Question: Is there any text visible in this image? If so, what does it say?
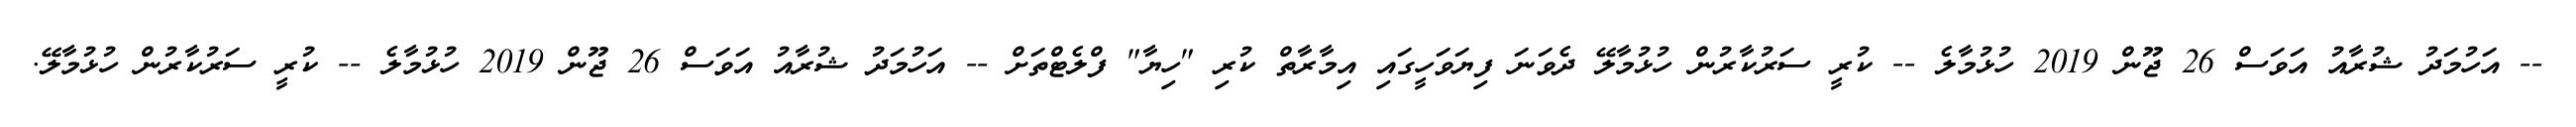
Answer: -- އަހުމަދު ޝުރާއު އަވަސް 26 ޖޫން 2019 ހުޅުމާލެ -- ކުރީ ސަރުކާރުން ހުޅުމާލޭ ދެވަނަ ފިޔަވަހީގައި އިމާރާތް ކުރި "ހިޔާ" ފްލެޓްތަށް -- އަހުމަދު ޝުރާއު އަވަސް 26 ޖޫން 2019 ހުޅުމާލެ -- ކުރީ ސަރުކާރުން ހުޅުމާލޭ.